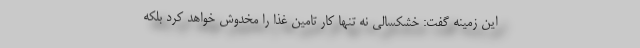
این زمینه گفت: خشکسالی نه تنها کار تامین غذا را مخدوش خواهد کرد بلکه